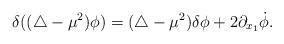
LaTeX: \begin{align*}\delta((\triangle-\mu^2)\phi)= (\triangle-\mu^2)\delta\phi+2 \partial_{x_1}\dot\phi.\end{align*}